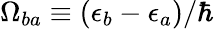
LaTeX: \Omega_{ba}\equiv\left(\epsilon_{b}-\epsilon_{a}\right)/\hbar